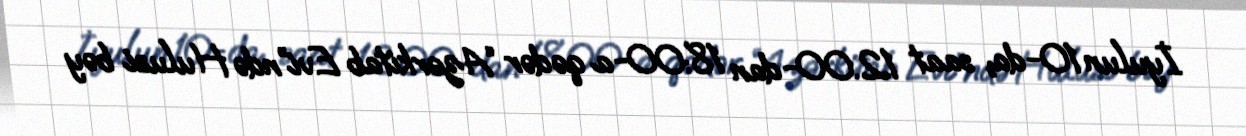
İyulun 10-da, saat 12.00-dan 18:00-a qədər “Azərkitab Evi”ndə Hulusi bəy